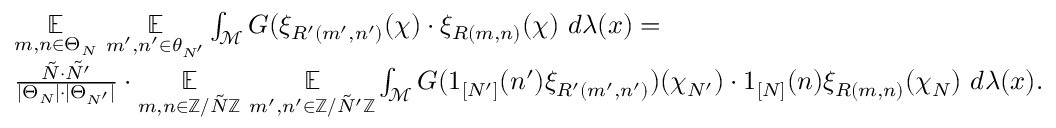
\begin{array} { r l } & { \underset { m , n \in \Theta _ { N } } { \mathbb { E } } ~ \underset { m ^ { \prime } , n ^ { \prime } \in \theta _ { N ^ { \prime } } } { \mathbb { E } } \int _ { \mathcal { M } } G ( \xi _ { R ^ { \prime } ( m ^ { \prime } , n ^ { \prime } ) } ( \chi ) \cdot \xi _ { R ( m , n ) } ( \chi ) ~ d \lambda ( x ) = } \\ & { \frac { \tilde { N } \cdot \tilde { N ^ { \prime } } } { | \Theta _ { N } | \cdot | \Theta _ { N ^ { \prime } } | } \cdot \underset { m , n \in \mathbb { Z } / \tilde { N } \mathbb { Z } } { \mathbb { E } } ~ \underset { m ^ { \prime } , n ^ { \prime } \in \mathbb { Z } / \tilde { N } ^ { \prime } \mathbb { Z } } { \mathbb { E } } \int _ { \mathcal { M } } G ( 1 _ { [ N ^ { \prime } ] } ( n ^ { \prime } ) \xi _ { R ^ { \prime } ( m ^ { \prime } , n ^ { \prime } ) } ) ( \chi _ { N ^ { \prime } } ) \cdot 1 _ { [ N ] } ( n ) \xi _ { R ( m , n ) } ( \chi _ { N } ) ~ d \lambda ( x ) . } \end{array}